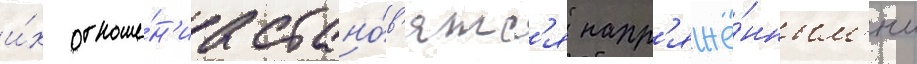
и́х отноше́н'иа стано́в'ятс'я напр'яжё́нным'и